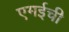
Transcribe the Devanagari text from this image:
एमईची